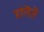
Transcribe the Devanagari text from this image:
हांगॆलॆ